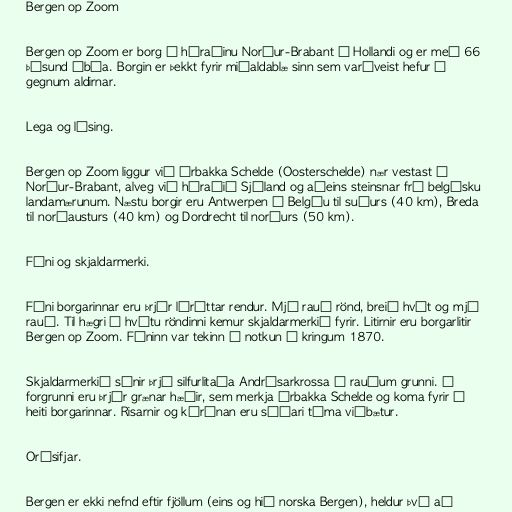
Bergen op Zoom

Bergen op Zoom er borg í héraðinu Norður-Brabant í Hollandi og er með 66
þúsund íbúa. Borgin er þekkt fyrir miðaldablæ sinn sem varðveist hefur í
gegnum aldirnar.

Lega og lýsing.

Bergen op Zoom liggur við árbakka Schelde (Oosterschelde) nær vestast í
Norður-Brabant, alveg við héraðið Sjáland og aðeins steinsnar frá belgísku
landamærunum. Næstu borgir eru Antwerpen í Belgíu til suðurs (40 km), Breda
til norðausturs (40 km) og Dordrecht til norðurs (50 km).

Fáni og skjaldarmerki.

Fáni borgarinnar eru þrjár láréttar rendur. Mjó rauð rönd, breið hvít og mjó
rauð. Til hægri í hvítu röndinni kemur skjaldarmerkið fyrir. Litirnir eru borgarlitir
Bergen op Zoom. Fáninn var tekinn í notkun í kringum 1870.

Skjaldarmerkið sýnir þrjá silfurlitaða Andrésarkrossa á rauðum grunni. Í
forgrunni eru þrjár grænar hæðir, sem merkja árbakka Schelde og koma fyrir í
heiti borgarinnar. Risarnir og kórónan eru síðari tíma viðbætur.

Orðsifjar.

Bergen er ekki nefnd eftir fjöllum (eins og hið norska Bergen), heldur því að